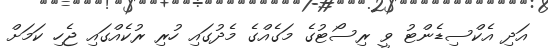
އަދި އެކްސިޑެންޓު ވީ ރިސޯޓުގެ މަގެއްގެ މެދުގައި ހުރި ރުކެއްގައި ޖެހި ކަމަށް